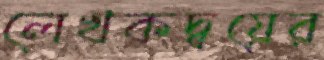
লেখকদ্বয়ের